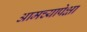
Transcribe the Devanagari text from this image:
आमच्यापेक्षा